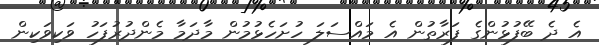
އެ ދެ ބޭފުޅުންގެ ފަރާތުން އެ މައްސަލަ ހުށަހެޅުމުން މާދަމާ މެންދުރުފަހު ވަކިވަކިން